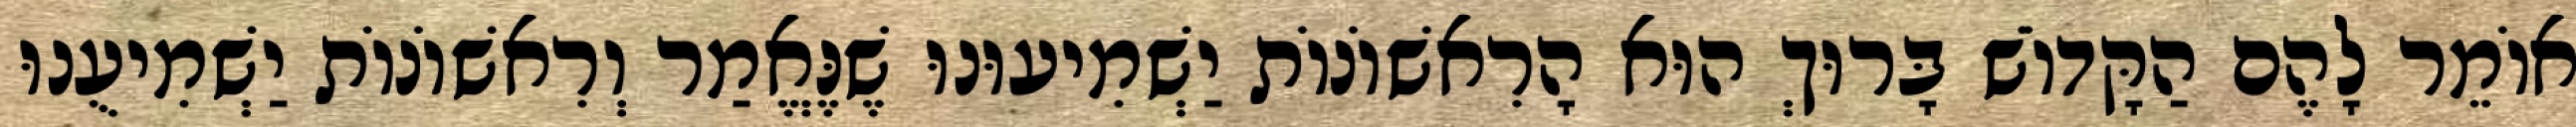
אוֹמֵר לָהֶם הַקָּדוֹשׁ בָּרוּךְ הוּא הָרִאשׁוֹנוֹת יַשְׁמִיעוּנוּ שֶׁנֶּאֱמַר וְרִאשׁוֹנוֹת יַשְׁמִיעֻנוּ